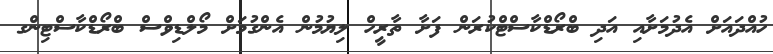
ހުއްދައަށް އެދުމަށާއި އަދި ބްރޯޑްކާސްޓްކުރަން ފަށާ ތާރީހް ލިޔުމުން އެންގުމަށް މޯލްޑިވްސް ބްރޯޑްކާސްޓިންގ